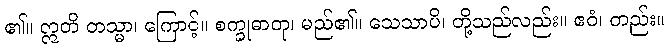
၏။ ဣတိ တသ္မာ၊ ကြောင့်။ စက္ခုဓာတု၊ မည်၏။ သေသာပိ၊ တို့သည်လည်း။ ဧဝံ၊ တည်း။